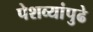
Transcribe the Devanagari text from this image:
पेशव्यांपुढे